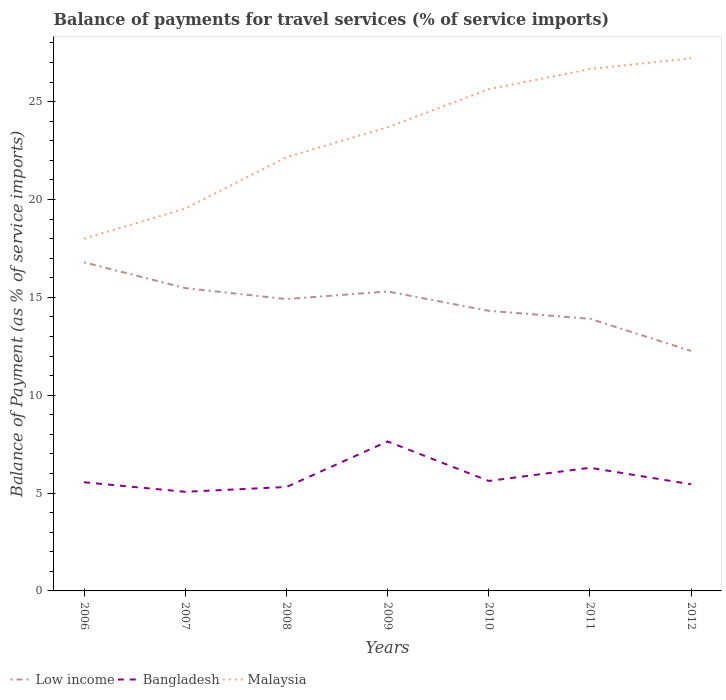
| Years | Low income | Bangladesh | Malaysia |
 | --- | --- | --- | --- |
 | 2006 | 16.8 | 5.55 | 18 |
 | 2007 | 15.5 | 5.06 | 19.5 |
 | 2008 | 14.9 | 5.31 | 22.2 |
 | 2009 | 15.3 | 7.64 | 23.7 |
 | 2010 | 14.3 | 5.62 | 25.6 |
 | 2011 | 13.9 | 6.29 | 26.7 |
 | 2012 | 12.3 | 5.45 | 27.2 |